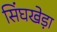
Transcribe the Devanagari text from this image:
सिंघखेड़ा